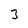
Character: 3